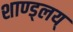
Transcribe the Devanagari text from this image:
शाण्ड्लय्